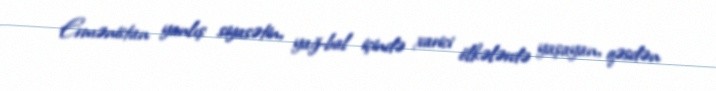
Ermənistan yanlış siyasətin, yağ-bal içində xarici ölkələrdə yaşayan, qəsdən